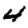
Digit: 4